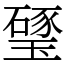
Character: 㻹